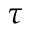
\boldsymbol \tau